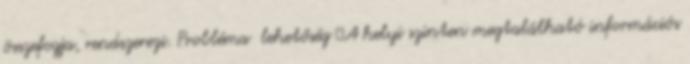
összefogja, rendszerezi. Probléma lehetőség ▪A helyi szinten megtalálható információs